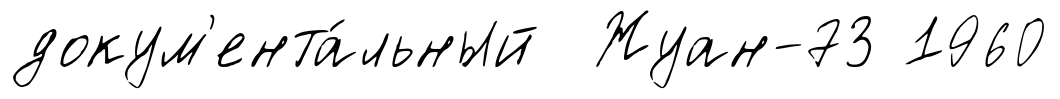
докум'ента́льный Жуан-73 1960